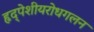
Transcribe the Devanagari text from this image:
हृद्‌पेशीयरोधगलन